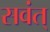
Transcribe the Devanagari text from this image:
सवंत्